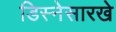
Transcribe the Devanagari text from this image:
डिस्नेसारखे